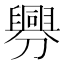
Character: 𦦟